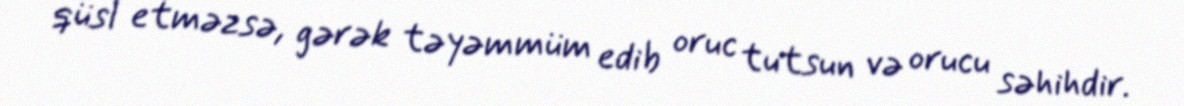
qüsl etməzsə, gərək təyəmmüm edib oruc tutsun və orucu səhihdir.